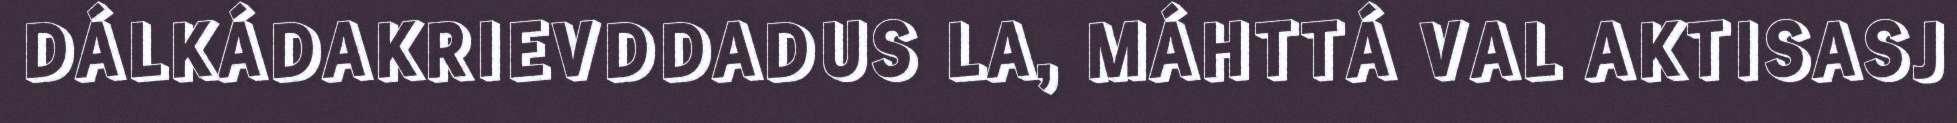
DÁLKÁDAKRIEVDDADUS LA, MÁHTTÁ VAL AKTISASJ